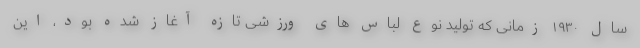
سال ۱۹۳۰ زمانی که تولید نوع لباس های ورزشی تازه آغاز شده بود، این